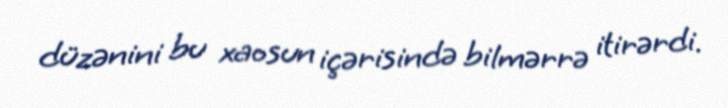
düzənini bu xaosun içərisində bilmərrə itirərdi.